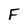
Character: F